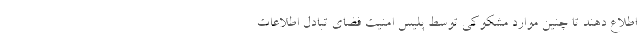
اطلاع دهند تا چنین موارد مشکوکی توسط پلیس امنیت فضای تبادل اطلاعات